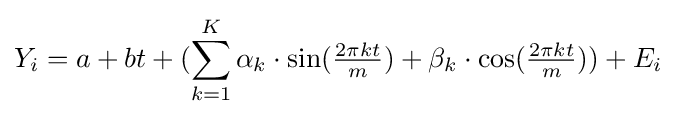
Y_{i}=a+bt+(\sum _{k=1}^{K}\alpha _{k}\cdot \sin({\tfrac {2\pi kt}{m}})+\beta _{k}\cdot \cos({\tfrac {2\pi kt}{m}}))+E_{i}